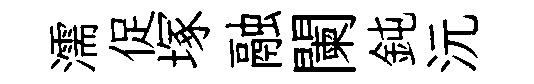
濡促塚融闌鈍沅